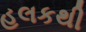
હલકથી